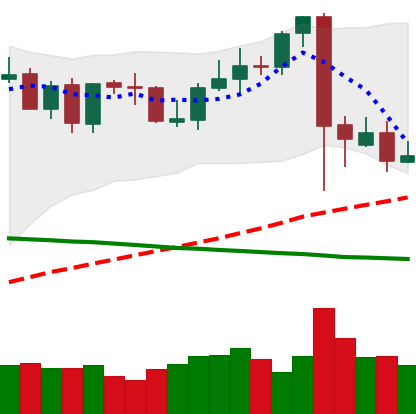
Ticker: BTC-USD
Chart end date: 2021-09-11
Forward return: 5.712%
Label: up_5_7